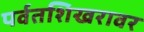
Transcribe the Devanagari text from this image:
पर्वतशिखरावर